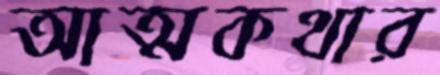
আত্মকথার